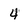
Character: 4